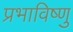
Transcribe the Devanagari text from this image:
प्रभाविष्णु